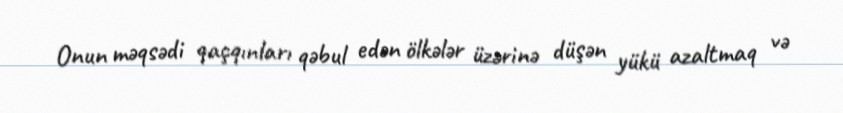
Onun məqsədi qaçqınları qəbul edən ölkələr üzərinə düşən yükü azaltmaq və